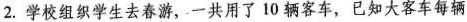
2.学校组织学生去春游，一共用了 10 辆客车，已知大客车每辆